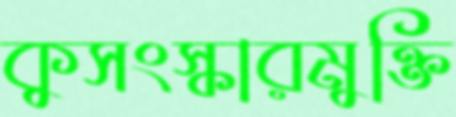
কুসংস্কারমুক্তি